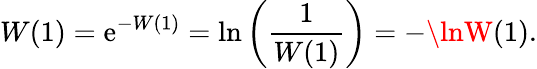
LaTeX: W(1)=\mathrm{e}^{-W(1)}=\ln\left({\frac{{1}}{{W(1)}}}\right)=-\lnW(1).